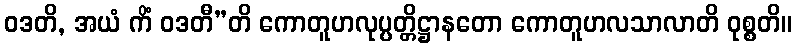
ဝဒတိ, အယံ ကိံ ဝဒတီ”တိ ကောတူဟလုပ္ပတ္တိဋ္ဌာနတော ကောတူဟလသာလာတိ ဝုစ္စတိ။